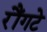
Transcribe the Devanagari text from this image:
रौंगटे